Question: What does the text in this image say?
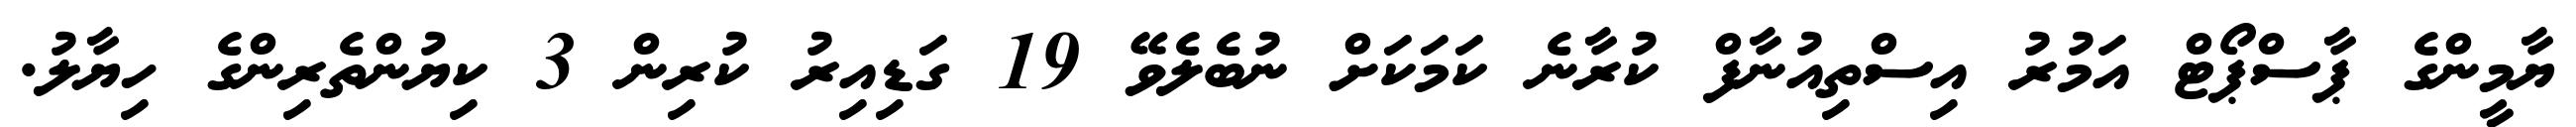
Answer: ޔާމީންގެ ޕާސްޕޯޓް އަމުރު އިސްތިއުނާފް ކުރާނެ ކަމަކަށް ނުބެލެވޭ 19 ގަޑިއިރު ކުރިން 3 ކިޔުންތެރިންގެ ހިޔާލު.